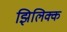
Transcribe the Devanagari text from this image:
झिलिक्क